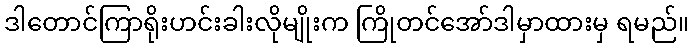
ဒါတောင်ကြာရိုးဟင်းခါးလိုမျိုးက ကြိုတင်အော်ဒါမှာထားမှ ရမည်။